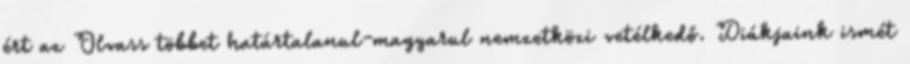
ért az Olvass többet határtalanul-magyarul nemzetközi vetélkedő. Diákjaink ismét